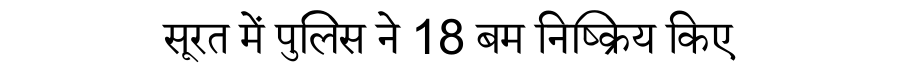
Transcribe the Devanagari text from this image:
सूरत में पुलिस ने 18 बम निष्क्रिय किए